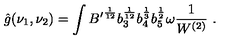
\hat { g } ( \nu _ { 1 } , \nu _ { 2 } ) = \int { B ^ { \prime } } ^ { \frac { 1 } { 1 2 } } b _ { 3 } ^ { \frac { 1 } { 1 2 } } b _ { 4 } ^ { \frac { 1 } { 3 } } b _ { 5 } ^ { \frac { 1 } { 2 } } \omega \frac { 1 } { W ^ { ( 2 ) } } \ .